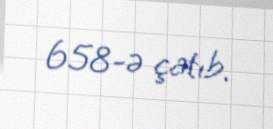
658-ə çatıb.